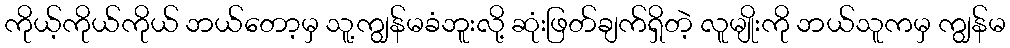
ကိုယ့်ကိုယ်ကိုယ် ဘယ်တော့မှ သူ့ကျွန်မခံဘူးလို့ ဆုံးဖြတ်ချက်ရှိတဲ့ လူမျိုးကို ဘယ်သူကမှ ကျွန်မ